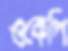
ওকেপি